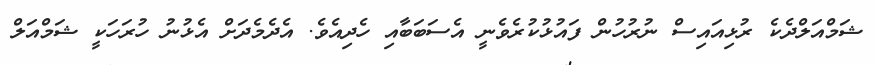
ޝަމްއަލްދެކެ ރުޅިއައިސް ނުރުހުން ފައުޅުކުރެވެނީ އެސަބަބާއި ހެދިއެވެ. އެދެމެދަށް އެޅުނު ހުރަހަކީ ޝަމްއަލް